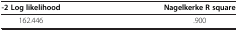
<table><thead><tr><td><b>-2 Log likelihood</b></td><td><b>Nagelkerke R square</b></td></tr></thead><tbody><tr><td>162.446</td><td>.900</td></tr></tbody></table>